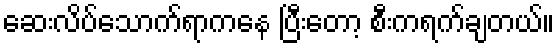
ဆေးလိပ်သောက်ရာကနေ ပြီးတော့ စီးကရက်ချတယ်။